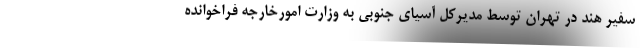
سفیر هند در تهران توسط مدیرکل آسیای جنوبی به وزارت امورخارجه فراخوانده